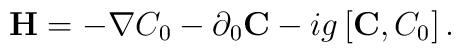
{\bf H} = -\nabla C_{0} - \partial_{0} {\bf C} - ig \left[ {\bf C}, C_{0}\right].